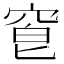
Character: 𥦒